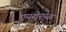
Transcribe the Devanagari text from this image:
एयरोस्प॓स